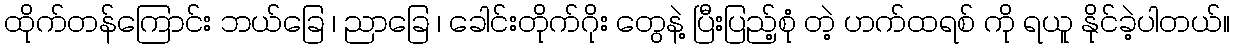
ထိုက်တန်ကြောင်း ဘယ်ခြေ ၊ ညာခြေ ၊ ခေါင်းတိုက်ဂိုး တွေနဲ့ ပြီးပြည့်စုံ တဲ့ ဟက်ထရစ် ကို ရယူ နိုင်ခဲ့ပါတယ်။